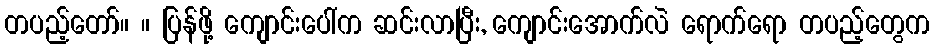
တပည့်တော်။ ။ ပြန်ဖို့ ကျောင်းပေါ်က ဆင်းလာပြီး, ကျောင်းအောက်လဲ ရောက်ရော တပည့်တွေက